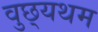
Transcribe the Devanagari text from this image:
वुछ्यथम